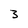
Character: 3